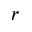
r